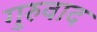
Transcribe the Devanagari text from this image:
गुरुवाद